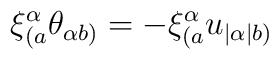
\xi^{\alpha}_{(a}\theta_{\alpha b)} = -\xi^{\alpha}_{(a}u_{|\alpha | b)}